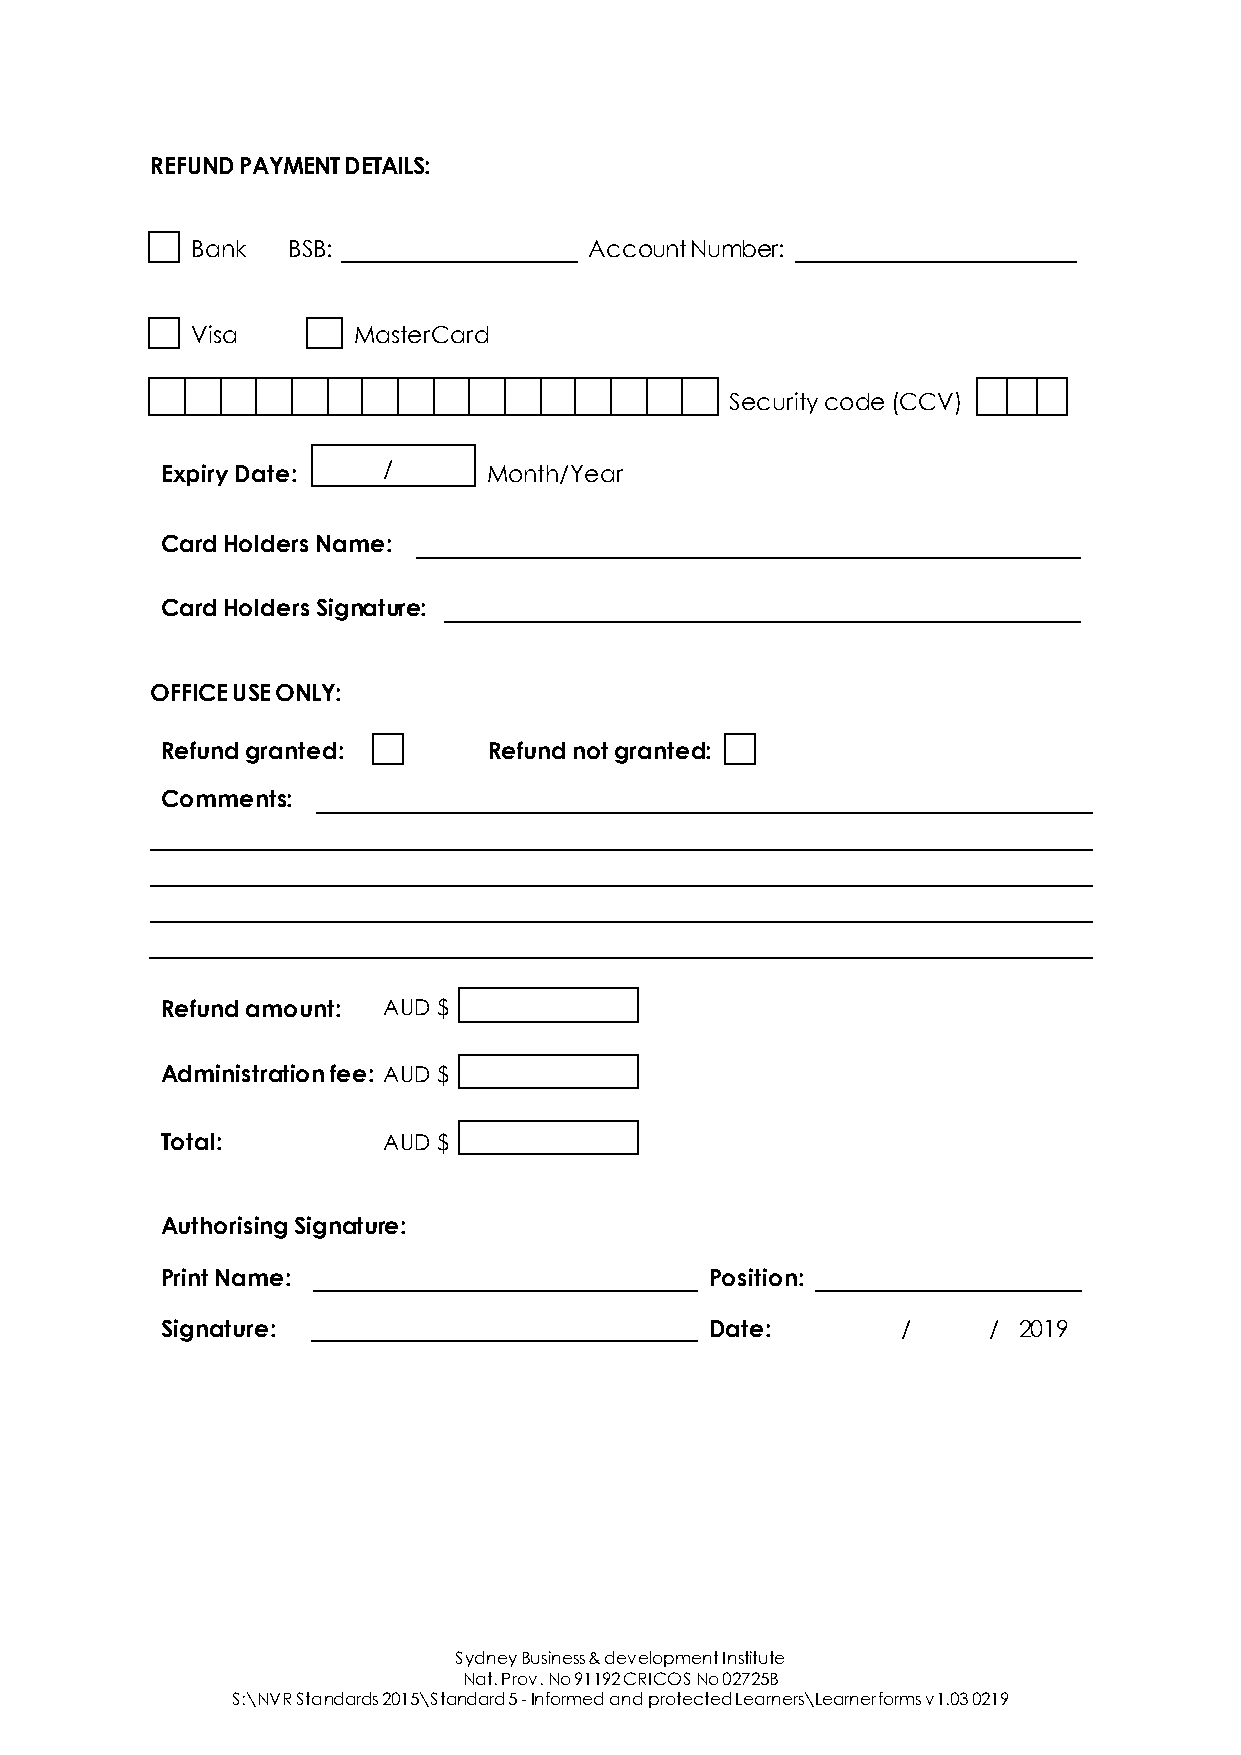
REFUND PAYMENT DETAILS:
 Bank  BSB:                Account Number:
 Visa      MasterCard
 Security code (CCV)
 Expiry Date:  /      Month/Year
 Card Holders Name:
 Card Holders Signature:
 OFFICE USE ONLY:
 Refund granted:      Refund not granted:
 Comments:
 Refund amount: AUD $
 Administration fee: AUD $
 Total:        AUD $
 Authorising Signature:
 Print Name:                         Position:
 Signature:                          Date:        /    / 2019
 Sydney Business & development Institute
 Nat. Prov. No 91192 CRICOS No 02725B
 S:\NVR Standards 2015\Standard 5 - Informed and protected Learners\Learner forms v1.03 0219